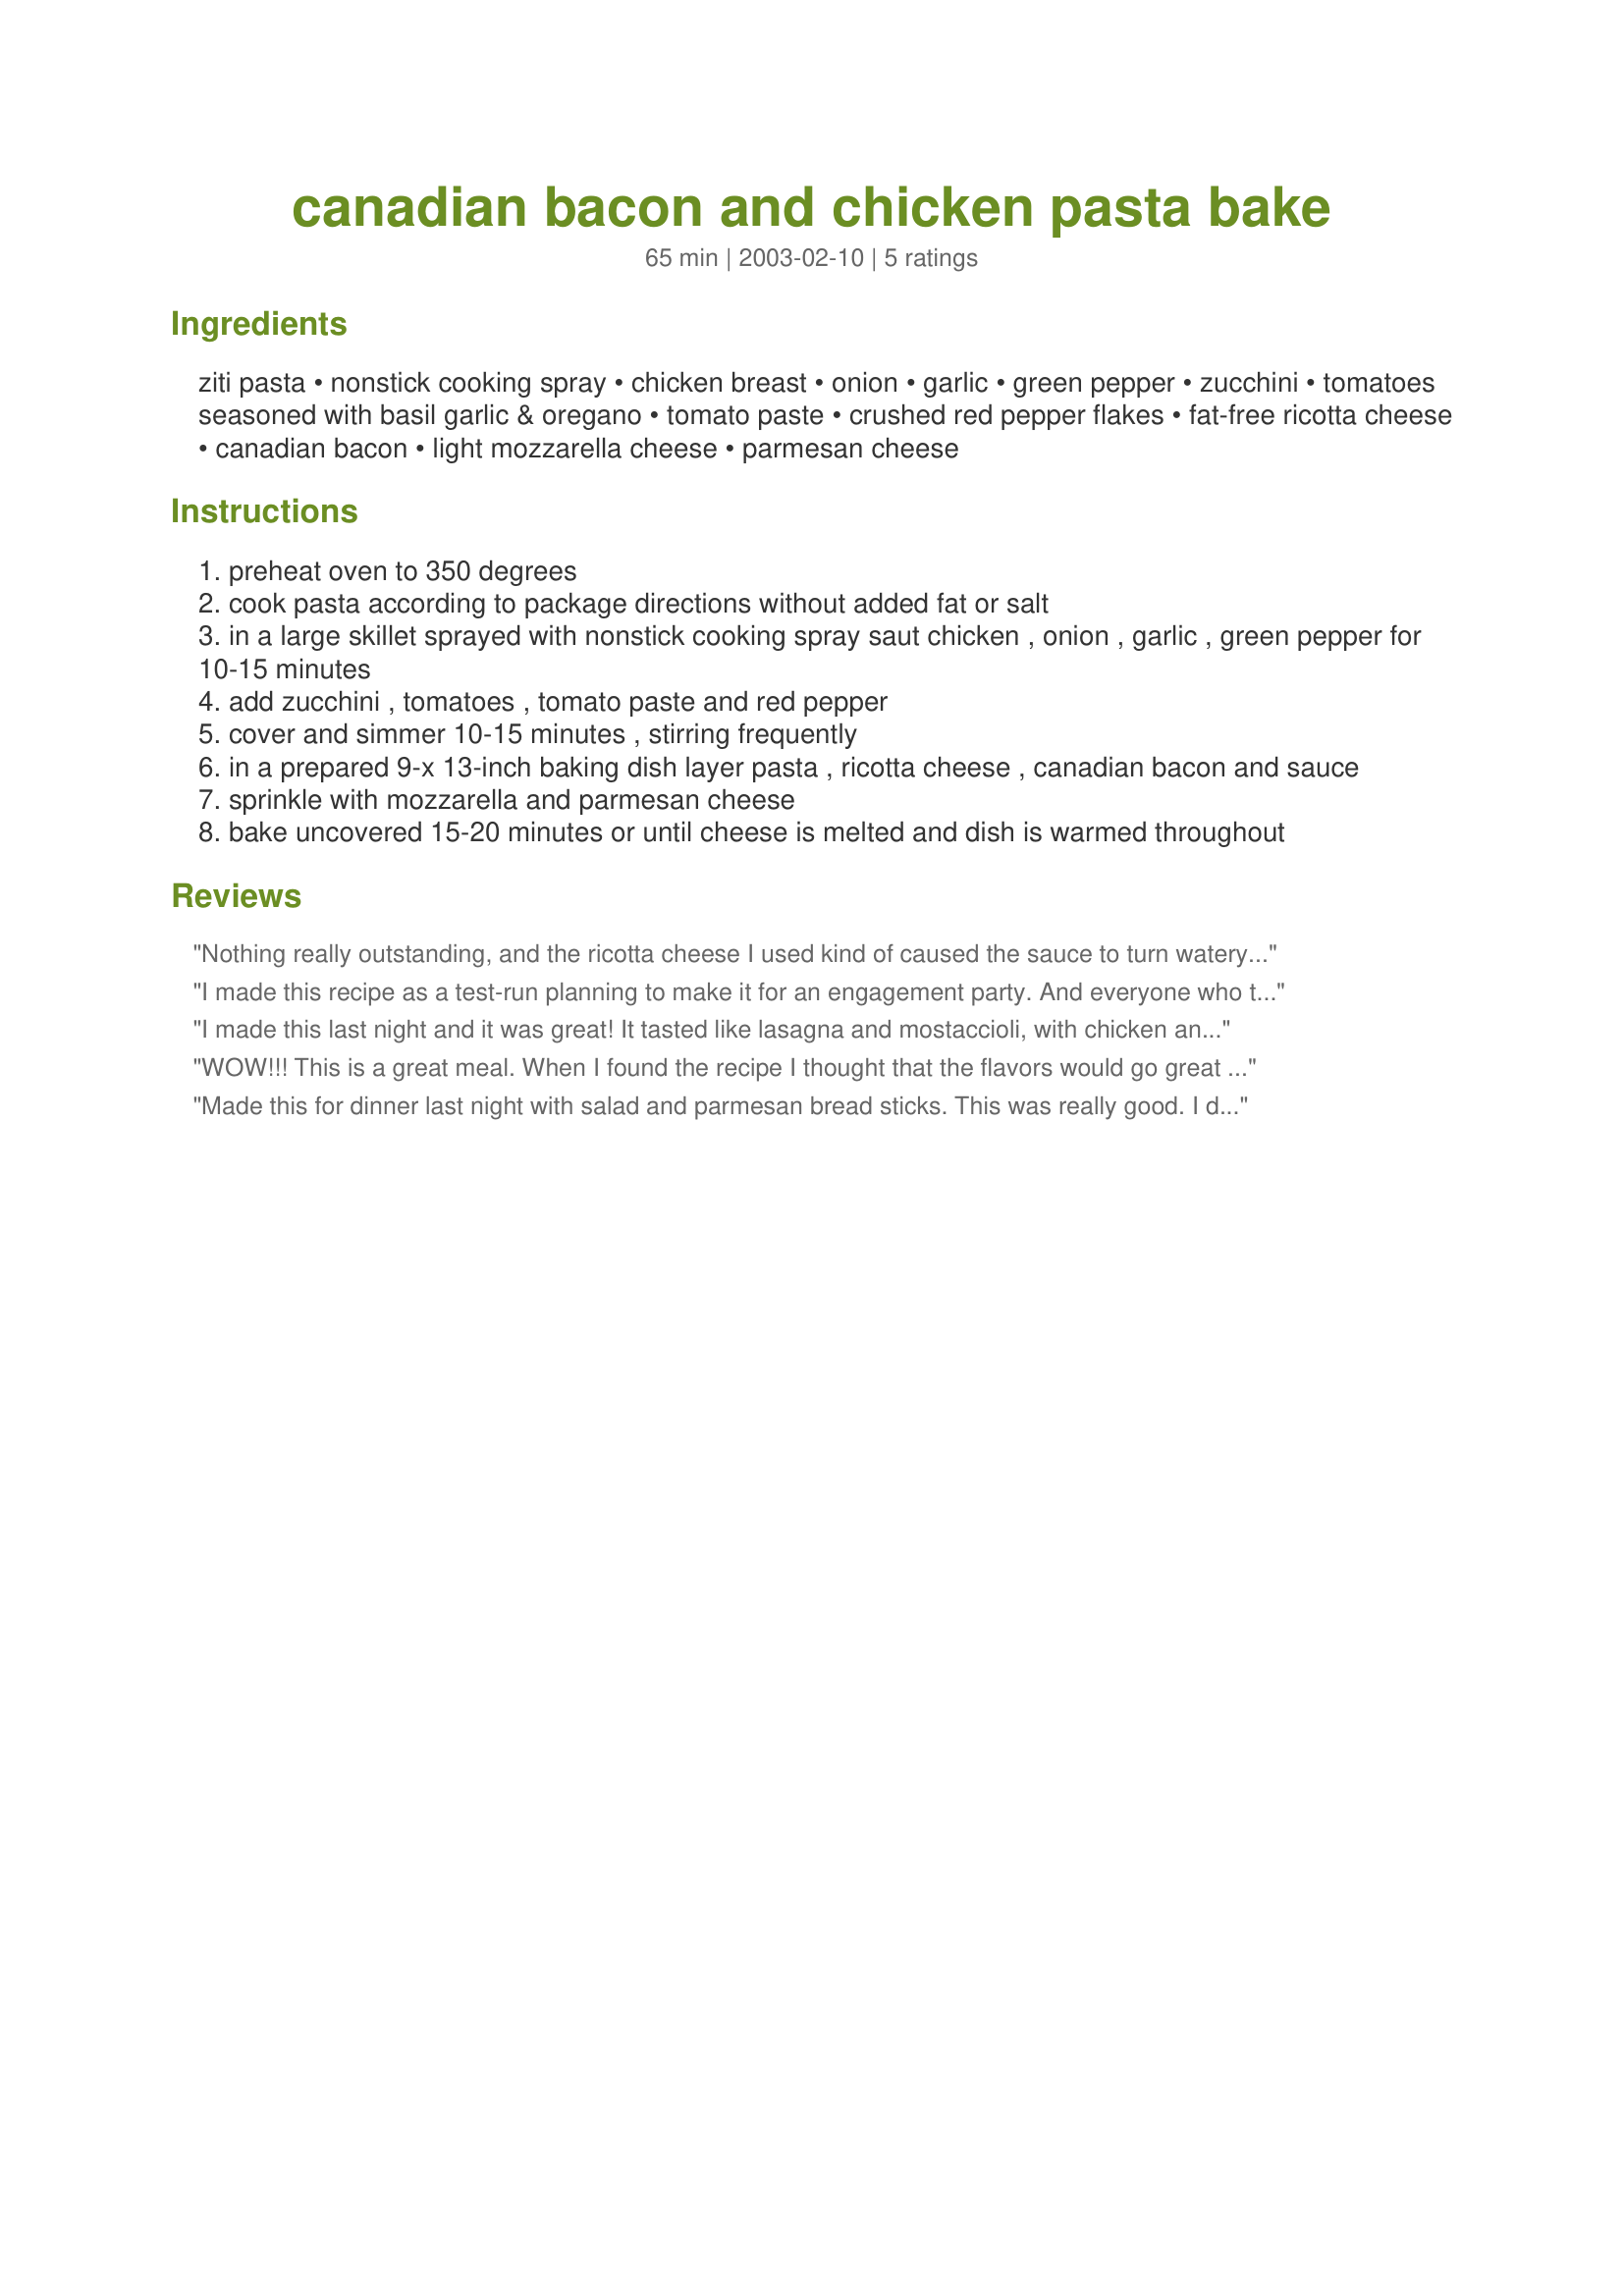
canadian bacon and chicken pasta bake
Preparation time: 65 minutes

Ingredients:
ziti pasta, nonstick cooking spray, chicken breast, onion, garlic, green pepper, zucchini, tomatoes seasoned with basil garlic & oregano, tomato paste, crushed red pepper flakes, fat-free ricotta cheese, canadian bacon, light mozzarella cheese, parmesan cheese

Steps:
preheat oven to 350 degrees
cook pasta according to package directions without added fat or salt
in a large skillet sprayed with nonstick cooking spray saut chicken , onion , garlic , green pepper for 10-15 minutes
add zucchini , tomatoes , tomato paste and red pepper
cover and simmer 10-15 minutes , stirring frequently
in a prepared 9-x 13-inch baking dish layer pasta , ricotta cheese , canadian bacon and sauce
sprinkle with mozzarella and parmesan cheese
bake uncovered 15-20 minutes or until cheese is melted and dish is warmed throughout

Reviews:
Nothing really outstanding, and the ricotta cheese I used kind of caused the sauce to turn watery after baking.
I made this recipe as a test-run planning to make it for an engagement party. And everyone who tried it beforehand LOVED it!! So rave reviews!! I am making it again for the engagement party tonight, though I plan to put more pasta than it says, as I found there was too much sauce to the amount of pasta, but still fantastic!! Awesome recipe!!
I made this last night and it was great!
It tasted like lasagna and mostaccioli, 
with chicken and canadian bacon. It
was very good! I used quite a bit of 
extra garlic and some extra red pepper.
WOW!!! This is a great meal. When I found the recipe I thought that the flavors would go great together, but nothing prepared me for what was to come!!! It was awesome. My four year old loved it so much, she asked if we could make it again in the morning for breakfast! That's a 5 star comment right there! I left out the red pepper flakes for my little one's sake and added some extra garlic to make up for the potential flavor loss as a result of leaving out the red pepper. It is a definate keeper. My hubby said, "Go straight to the computer and give it 5 stars!" When I make it again, and again, and again...I will add some mushrooms because we love them. Thank you so much Secret for this great recipe!!!
Made this for dinner last night with salad and parmesan bread sticks. This was really good. I did leave out the green pepper and zuchini as we don't care for them.
